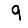
Digit: 9